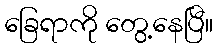
ခြေရာကို တွေ့နေပြီ။